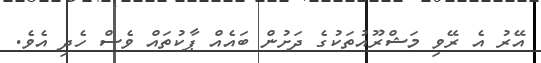
އޭރު އެ ރޭވި މަޝްރޫއުތަކުގެ ދަށުން ބައެއް ޕާކުތައް ވެސް ހެދި އެވެ.